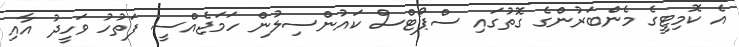
އެ ކޮމިޓީގެ މެންބަރުންގެ ގޮތުގައި ސްޕޯޓްސް ކައުންސިލުން ހަމަޖެއްސީ ފަތުހު ވަހީދު އާއި